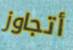
أتجاوز